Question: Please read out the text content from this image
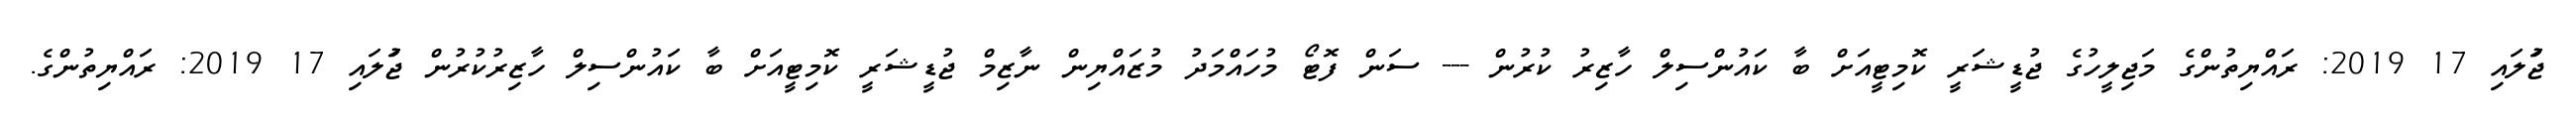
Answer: ޖުަލައި 17 2019: ރައްޔިތުންގެ މަޖިލީހުގެ ޖުޑީޝަރީ ކޮމިޓީއަށް ބާ ކައުންސިލް ހާޒިރު ކުރުން --- ސަން ފޮޓޯ މުހައްމަދު މުޒައްޔިން ނާޒިމް ޖުޑީޝަރީ ކޮމިޓީއަށް ބާ ކައުންސިލް ހާޒިރުކުރުން ޖުަލައި 17 2019: ރައްޔިތުންގެ.